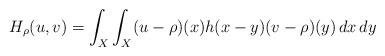
LaTeX: \begin{align*} H_{\rho}(u,v) = \int_X \int_X (u-\rho)(x) h(x-y) (v-\rho)(y) \, dx \, dy \end{align*}